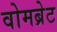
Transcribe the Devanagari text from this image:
वोमब्रेट